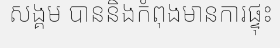
សង្គម បាននិងកំពុងមានការផ្ទុះ